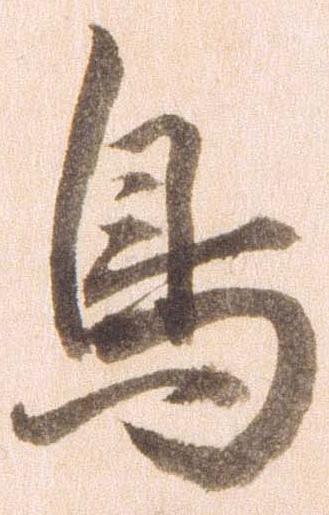
鳥